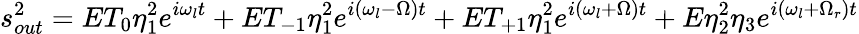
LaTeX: s_{out}^{2}=ET_{0}\eta_{1}^{2}e^{i\omega_{l}t}+ET_{-1}\eta_{1}^{2}e^{i(\omega_{l}-\Omega)t}+ET_{+1}\eta_{1}^{2}e^{i(\omega_{l}+\Omega)t}+E\eta_{2}^{2}\eta_{3}e^{i(\omega_{l}+\Omega_{r})t}